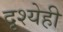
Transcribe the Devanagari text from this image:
दृश्येही